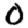
Digit: 0